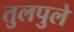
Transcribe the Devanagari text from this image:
तुलपुले